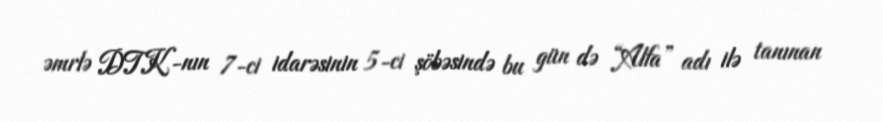
əmrlə DTK-nın 7-ci idarəsinin 5-ci şöbəsində bu gün də “Alfa” adı ilə tanınan